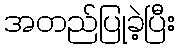
အတည်ပြုခဲ့ပြီး